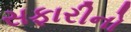
સફારીનો